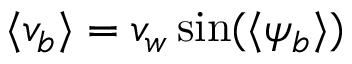
\langle v _ { b } \rangle = v _ { w } \sin ( { \langle \psi _ { b } \rangle } )